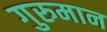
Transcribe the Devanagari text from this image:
गुरुमान